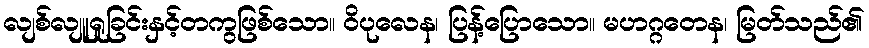
လျစ်လျူရှုခြင်းနှင့်တကွဖြစ်သော။ ဝိပုလေန၊ ပြန့်ပြောသော။ မဟဂ္ဂတေန၊ မြတ်သည်၏